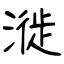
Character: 漇